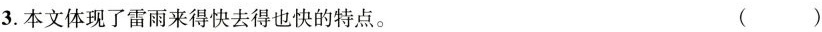
3.本文体现了雷雨来得快去得也快的特点。 ()